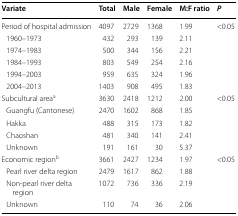
| Variate | Total | Male | Female | M:F ratio | P |
 | --- | --- | --- | --- | --- | --- |
 | Period of hospital admission | 4097 | 2729 | 1368 | 1.99 | <0.05 |
 | 1960–1973 | 432 | 293 | 139 | 2.11 |  |
 | 1974–1983 | 500 | 344 | 156 | 2.21 |  |
 | 1984–1993 | 803 | 549 | 254 | 2.16 |  |
 | 1994–2003 | 959 | 635 | 324 | 1.96 |  |
 | 2004–2013 | 1403 | 908 | 495 | 1.83 |  |
 | Subcultural areaa | 3630 | 2418 | 1212 | 2.00 | <0.05 |
 | Guangfu (Cantonese) | 2470 | 1602 | 868 | 1.85 |  |
 | Hakka | 488 | 315 | 173 | 1.82 |  |
 | Chaoshan | 481 | 340 | 141 | 2.41 |  |
 | Unknown | 191 | 161 | 30 | 5.37 |  |
 | Economic regionb | 3661 | 2427 | 1234 | 1.97 | <0.05 |
 | Pearl river delta region | 2479 | 1617 | 862 | 1.88 |  |
 | Non-pearl river delta region | 1072 | 736 | 336 | 2.19 |  |
 | Unknown | 110 | 74 | 36 | 2.06 |  |